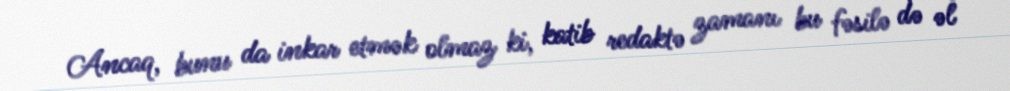
Ancaq, bunu da inkar etmək olmaz ki, katib redaktə zamanı bu fəsilə də əl